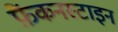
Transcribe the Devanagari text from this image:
फ़ैंकनस्टाइन